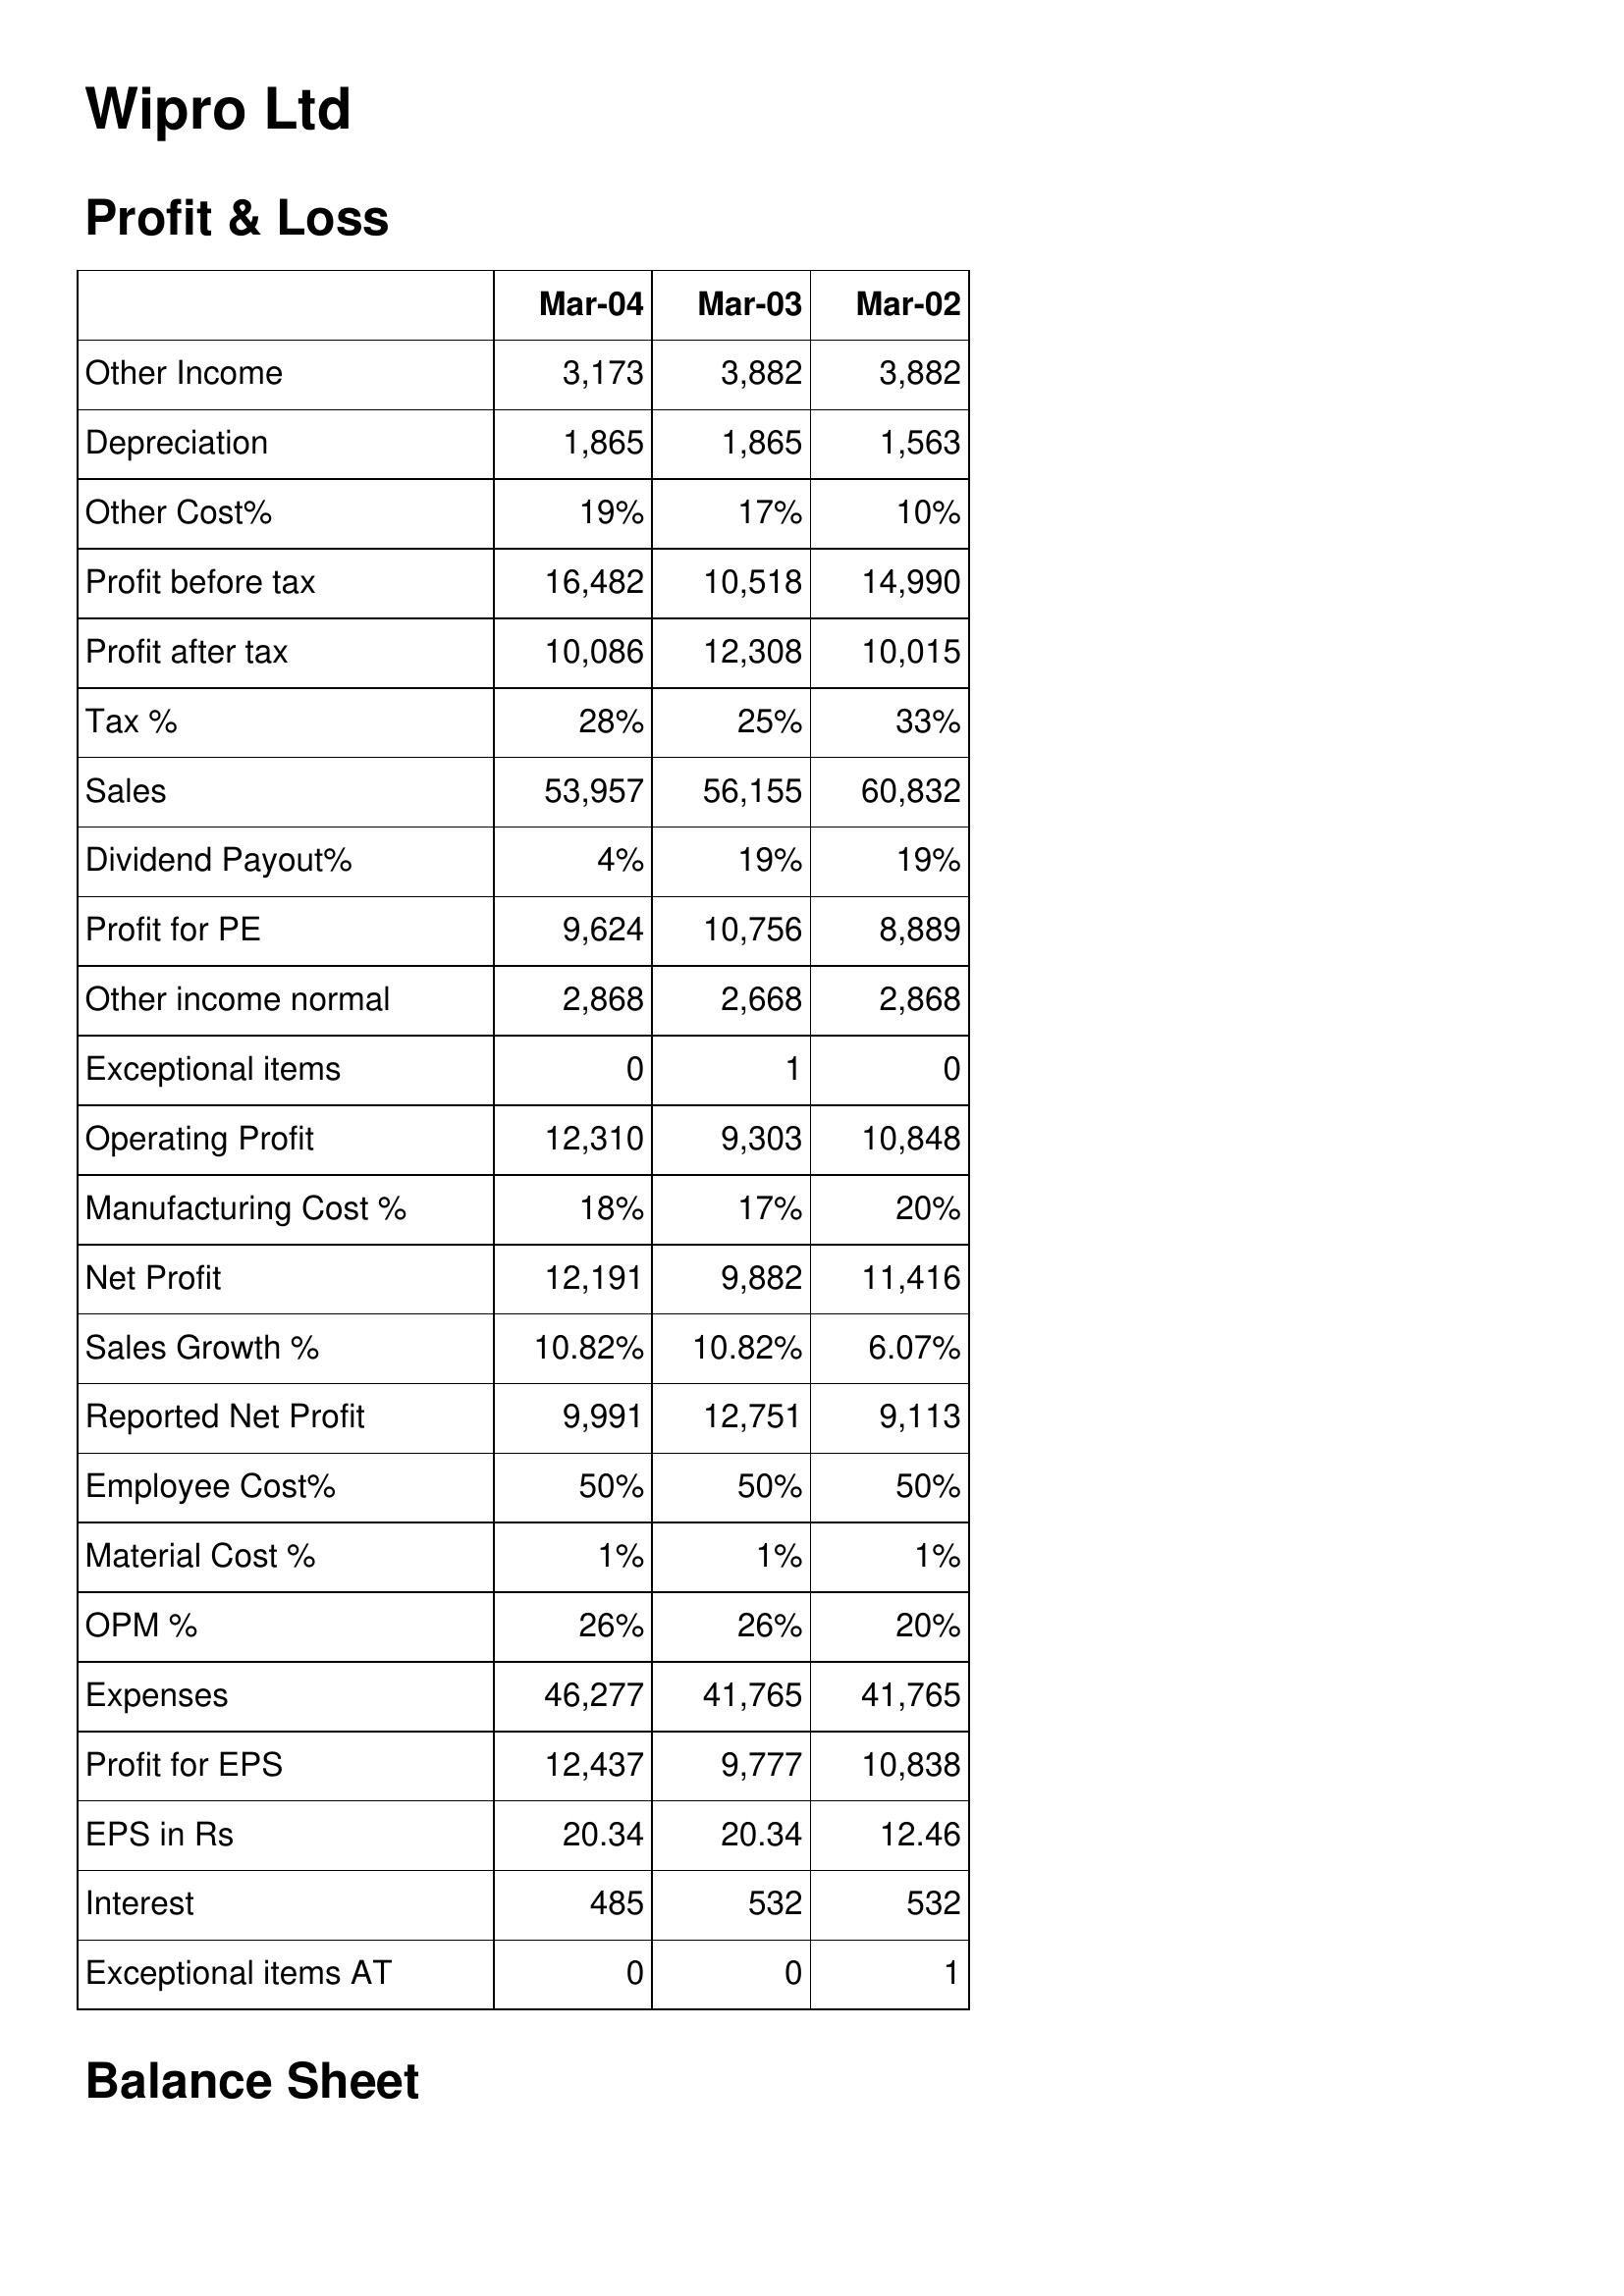
Mar-04: Profit & Loss: Other Income: 3,173
Depreciation: 1,865
Other Cost%: 19%
Profit before tax: 16,482
Profit after tax: 10,086
Tax %: 28%
Sales: 53,957
Dividend Payout%: 4%
Profit for PE: 9,624
Other income normal: 2,868
Exceptional items: 0
Operating Profit: 12,310
Manufacturing Cost %: 18%
Net Profit: 12,191
Sales Growth %: 10.82%
Reported Net Profit: 9,991
Employee Cost%: 50%
Material Cost %: 1%
OPM %: 26%
Expenses: 46,277
Profit for EPS: 12,437
EPS in Rs: 20.34
Interest: 485
Exceptional items AT: 0
Mar-03: Profit & Loss: Other Income: 3,882
Depreciation: 1,865
Other Cost%: 17%
Profit before tax: 10,518
Profit after tax: 12,308
Tax %: 25%
Sales: 56,155
Dividend Payout%: 19%
Profit for PE: 10,756
Other income normal: 2,668
Exceptional items: 1
Operating Profit: 9,303
Manufacturing Cost %: 17%
Net Profit: 9,882
Sales Growth %: 10.82%
Reported Net Profit: 12,751
Employee Cost%: 50%
Material Cost %: 1%
OPM %: 26%
Expenses: 41,765
Profit for EPS: 9,777
EPS in Rs: 20.34
Interest: 532
Exceptional items AT: 0
Mar-02: Profit & Loss: Other Income: 3,882
Depreciation: 1,563
Other Cost%: 10%
Profit before tax: 14,990
Profit after tax: 10,015
Tax %: 33%
Sales: 60,832
Dividend Payout%: 19%
Profit for PE: 8,889
Other income normal: 2,868
Exceptional items: 0
Operating Profit: 10,848
Manufacturing Cost %: 20%
Net Profit: 11,416
Sales Growth %: 6.07%
Reported Net Profit: 9,113
Employee Cost%: 50%
Material Cost %: 1%
OPM %: 20%
Expenses: 41,765
Profit for EPS: 10,838
EPS in Rs: 12.46
Interest: 532
Exceptional items AT: 1